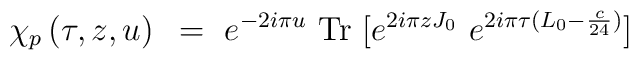
\chi_p\left(\tau, z, u \right)~=~e^{-2 i \pi u}\ {\rm Tr}\ [e^{2 i \pi z J_0}\ e^{2 i \pi \tau (L_0-{c \over 24})}]